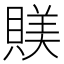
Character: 𧶾